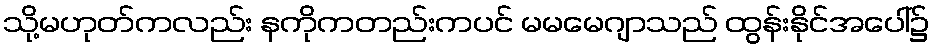
သို့မဟုတ်ကလည်း နကိုကတည်းကပင် မမမေဂျာသည် ထွန်းနိုင်အပေါ်၌